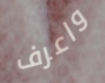
واعرف